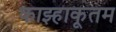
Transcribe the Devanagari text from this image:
काझ्हाकूतम